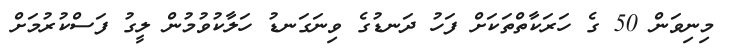
މިނިވަން 50 ގެ ހަރަކާތްތަކަށް ފަހު ދަނޑުގެ ވިނަގަނޑު ހަލާކުވުމުން ލީގު ފަސްކުރުމަށް